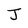
Character: J